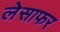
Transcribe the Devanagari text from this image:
लेसाफर